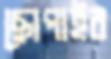
ছোপাইব